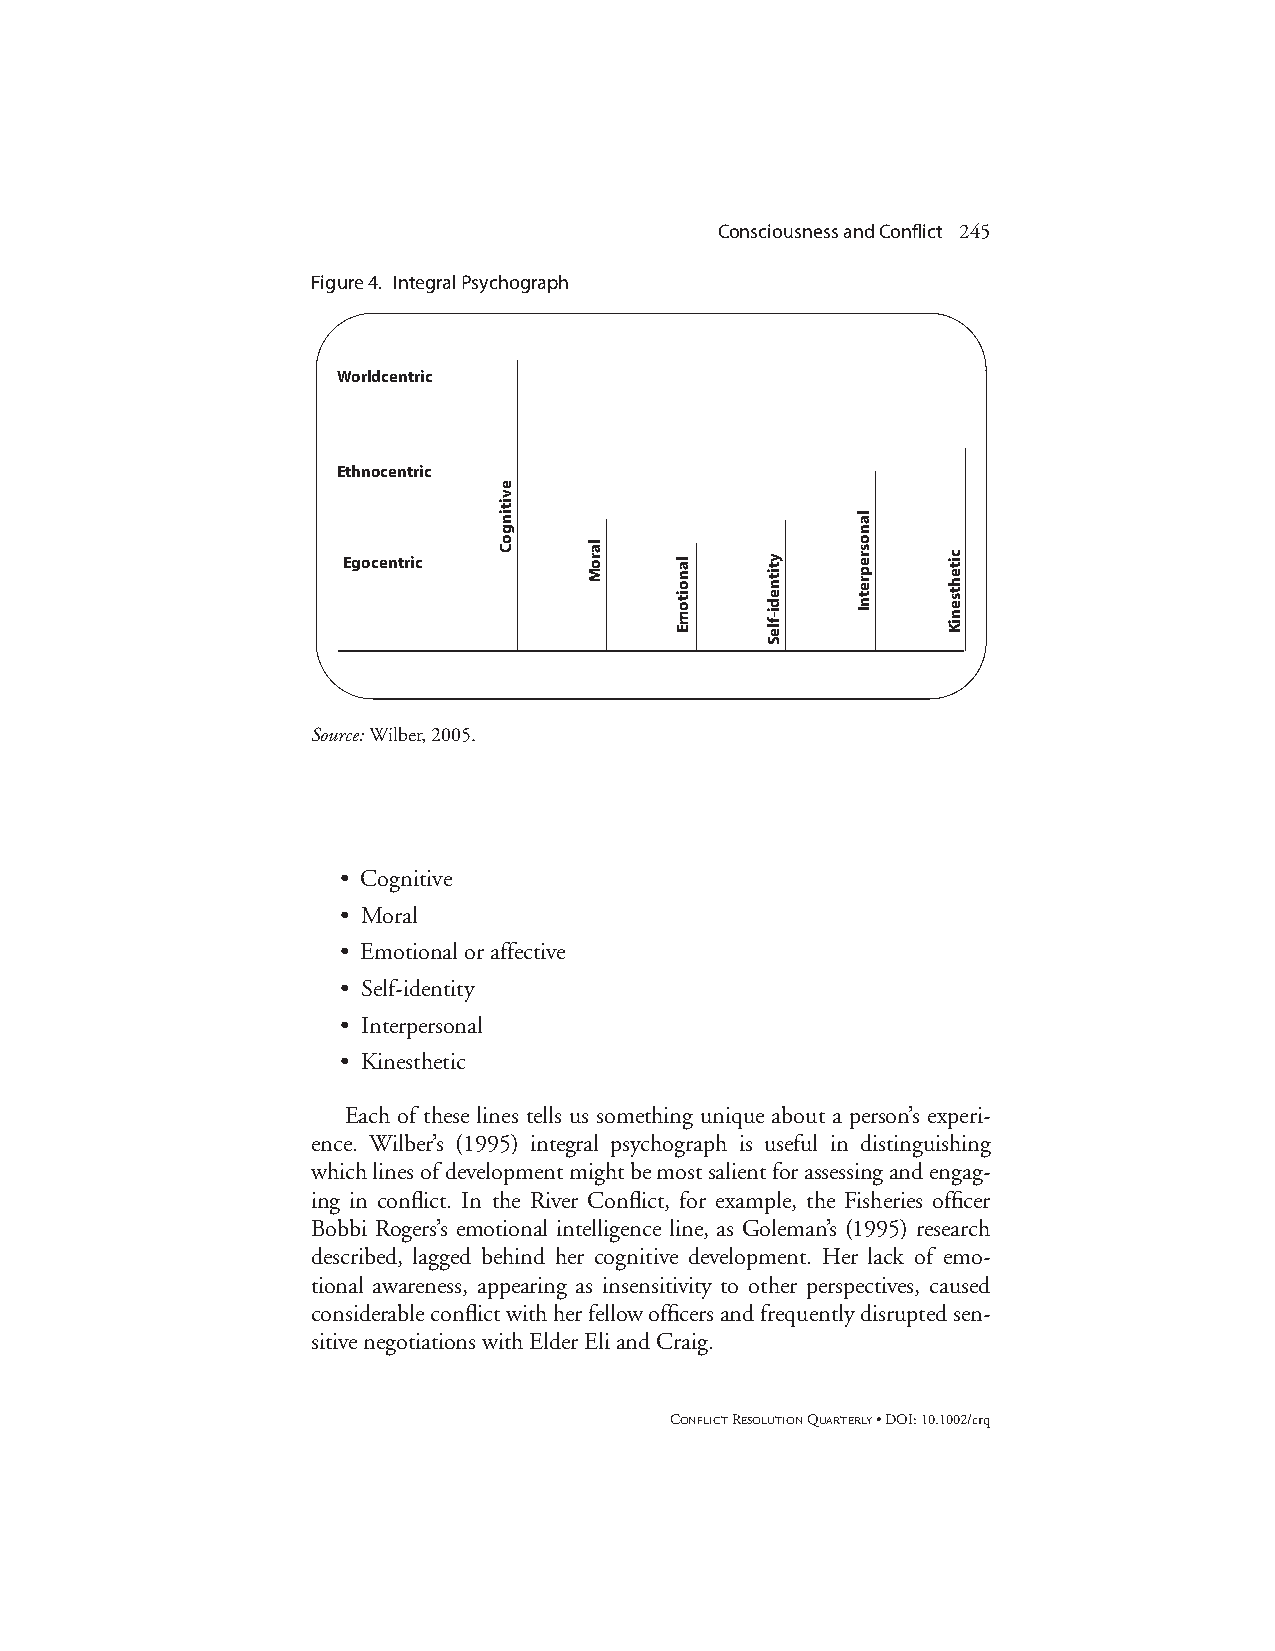
Consciousness and Conflict 245
 Figure 4. Integral Psychograph
 Worldcentric
 Ethnocentric
 Egocentric
 Source:Wilber, 2005.
 • Cognitive
 • Moral
 • Emotional or affective
 • Self-identity
 • Interpersonal
 • Kinesthetic
 Each of these lines tells us something unique about a person’s experi-
 ence. Wilber’s (1995) integral psychograph is useful in distinguishing
 which lines of development might be most salient for assessing and engag-
 ing in conflict. In the River Conflict, for example, the Fisheries officer
 Bobbi Rogers’s emotional intelligence line, as Goleman’s (1995) research
 described, lagged behind her cognitive development. Her lack of emo-
 tional awareness, appearing as insensitivity to other perspectives, caused
 considerable conflict with her fellow officers and frequently disrupted sen-
 sitive negotiations with Elder Eli and Craig.
 CONFLICTRESOLUTIONQUARTERLY• DOI: 10.1002/crq
 evitingoC
 laroM
 lanoitomE ytitnedi-fleS
 lanosrepretnI
 citehtseniK